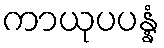
ကာယုပပန္နံ